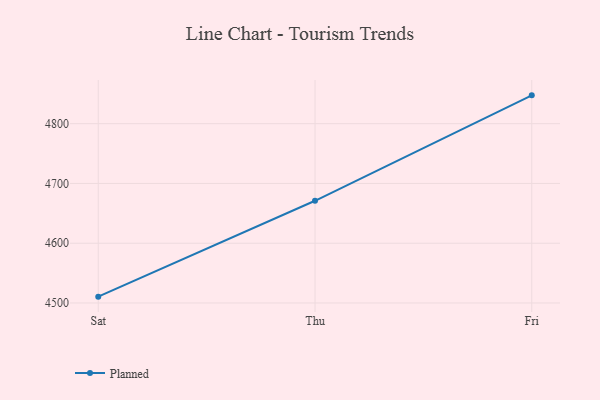
{"axis": {"x": "Day", "y": "Page Views"}, "legend": ["Planned"], "data": [{"x": "Sat", "y": 4510.6, "type": "Planned"}, {"x": "Thu", "y": 4671.0, "type": "Planned"}, {"x": "Fri", "y": 4847.4, "type": "Planned"}]}